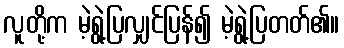
လူတို့က မဲ့ရွဲ့ပြလျှင်ပြန်၍ မဲ့ရွဲ့ပြတတ်၏။